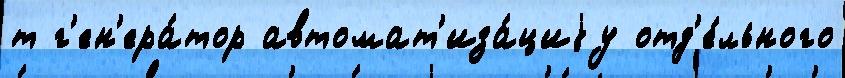
т г'ен'ера́тор автомат'иза́циjу отд'е́льного